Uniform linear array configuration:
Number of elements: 24
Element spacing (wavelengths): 0.5
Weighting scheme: hamming
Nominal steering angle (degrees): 30
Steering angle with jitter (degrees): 30.679
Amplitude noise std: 0.05
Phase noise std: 0.05

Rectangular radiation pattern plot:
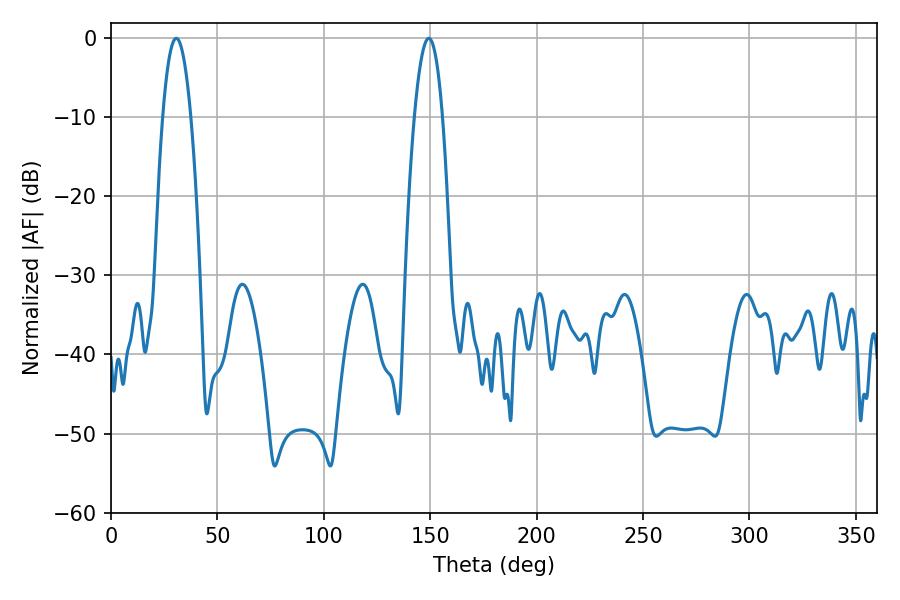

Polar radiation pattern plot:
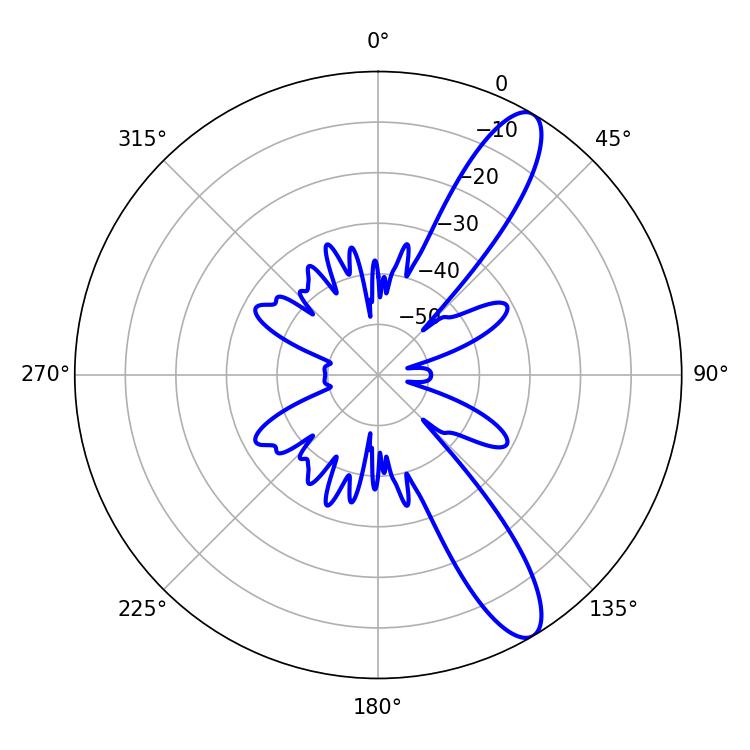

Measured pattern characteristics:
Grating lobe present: FALSE
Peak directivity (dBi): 11.551
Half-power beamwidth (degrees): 7.2
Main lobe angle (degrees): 30.6